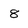
Character: 8